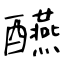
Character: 醼